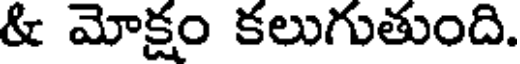
& మోక్షం కలుగుతుంది.